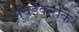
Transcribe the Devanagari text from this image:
मुंबईकरोंके